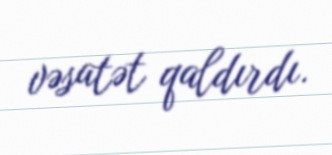
vəsatət qaldırdı.